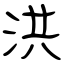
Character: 洪